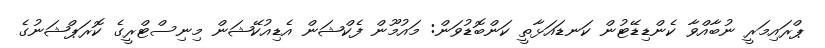
ޕްރައިމަރީ ނުބާއްވާ ކެންޑިޑޭޓުން ކަނޑައަޅާތީ ކަންބޮޑުވަން: މައުމޫން ފެކްޝަން އެޑިއުކޭޝަން މިނިސްޓްރީގެ ކޮރަޕްޝަނުގެ